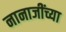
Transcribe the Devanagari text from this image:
नानाजींच्या